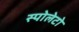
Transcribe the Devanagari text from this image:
स्पोलेटो